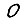
Digit: 0